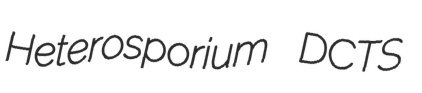
Heterosporium DCTS